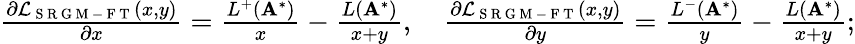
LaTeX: \begin{array}{r}{\frac{\partial\mathcal{L}_{\mathrm{~S~R~G~M~-~F~T~}}(x,y)}{\partial x}=\frac{L^{+}(\mathbf{A}^{*})}{x}-\frac{L(\mathbf{A}^{*})}{x+y},\quad\frac{\partial\mathcal{L}_{\mathrm{~S~R~G~M~-~F~T~}}(x,y)}{\partial y}=\frac{L^{-}(\mathbf{A}^{*})}{y}-\frac{L(\mathbf{A}^{*})}{x+y};}\end{array}